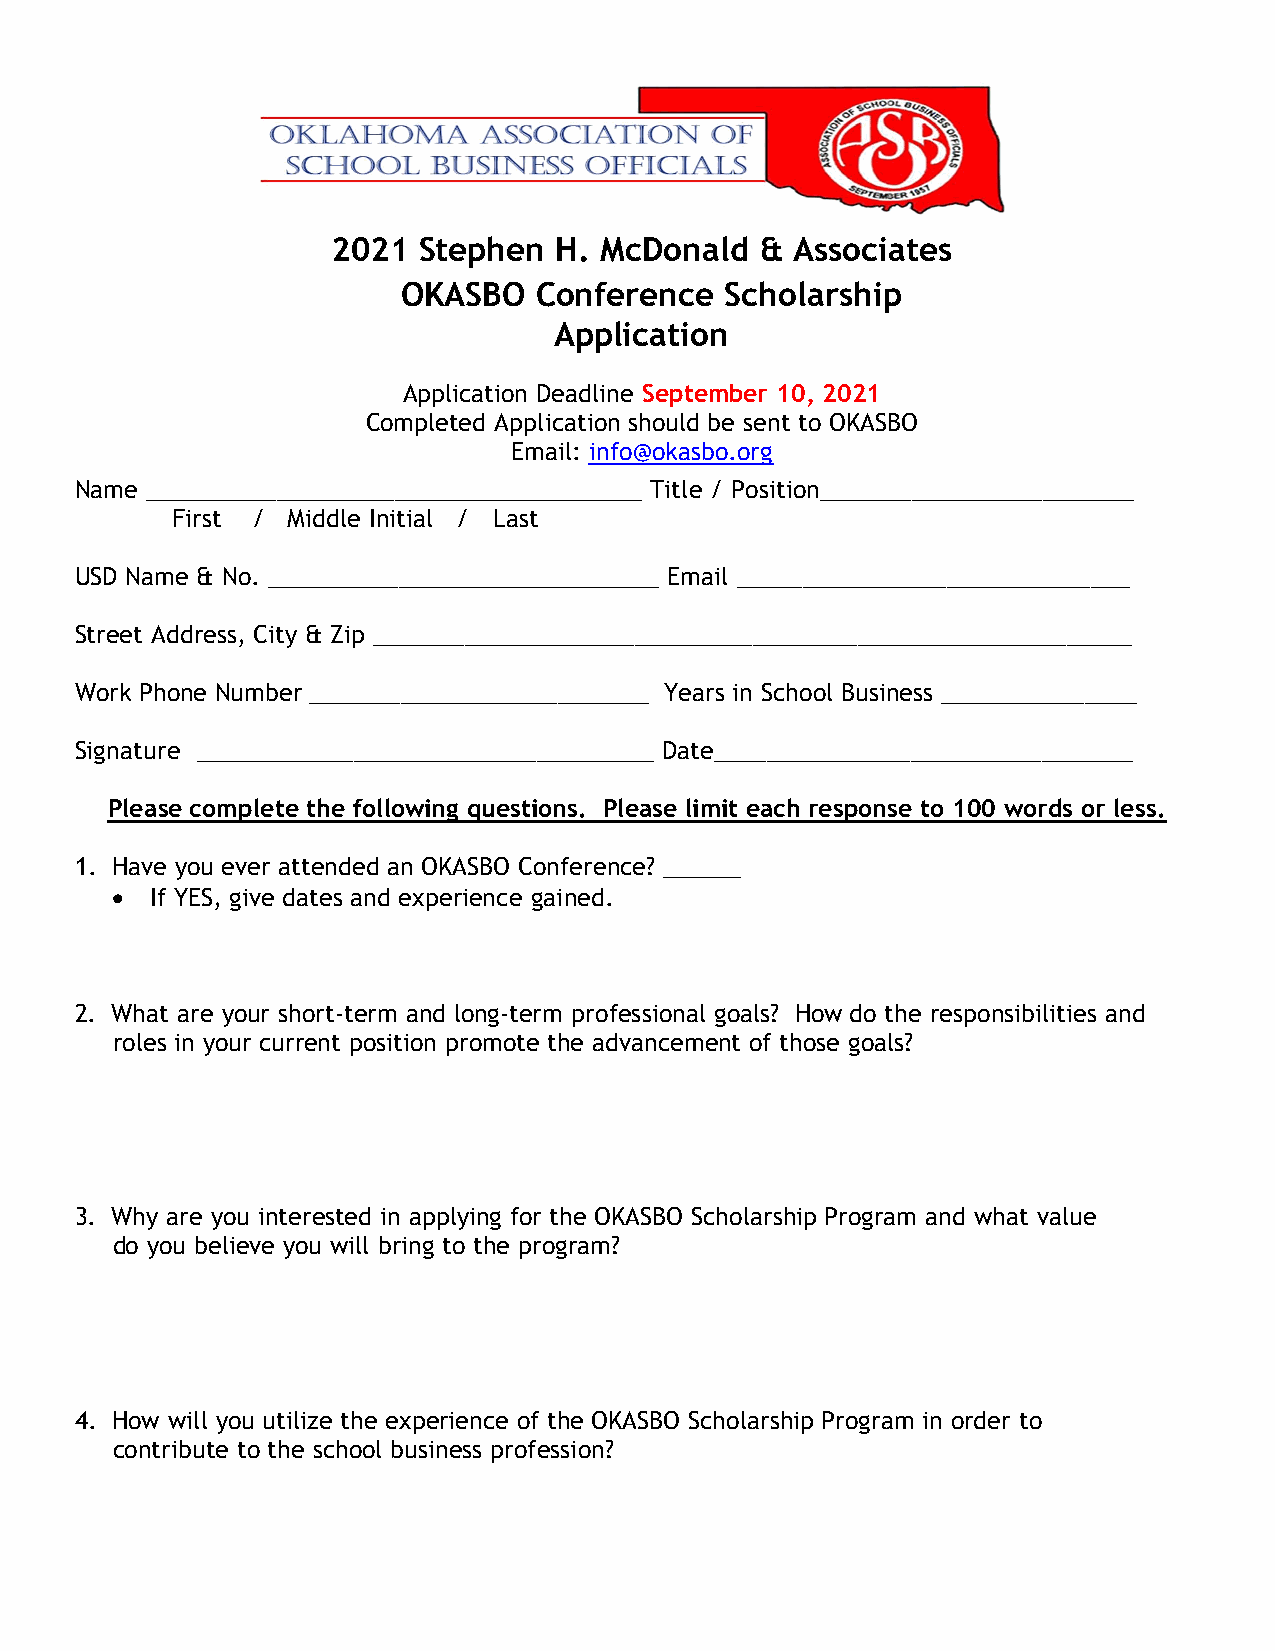
2021  Stephen  H. McDonald  &  Associates
 OKASBO   Conference  Scholarship
 Application
 Application Deadline September 10, 2021
 Completed Application should be sent to OKASBO
 Email: info@okasbo.org
 Name ______________________________________ Title / Position________________________
 First / Middle Initial / Last
 USD Name & No. ______________________________ Email ______________________________
 Street Address, City & Zip __________________________________________________________
 Work Phone Number __________________________ Years in School Business _______________
 Signature ___________________________________ Date________________________________
 Please complete the following questions. Please limit each response to 100 words or less.
 1. Have you ever attended an OKASBO Conference? ______
   If YES, give dates and experience gained.
 2. What are your short-term and long-term professional goals? How do the responsibilities and
 roles in your current position promote the advancement of those goals?
 3. Why are you interested in applying for the OKASBO Scholarship Program and what value
 do you believe you will bring to the program?
 4. How will you utilize the experience of the OKASBO Scholarship Program in order to
 contribute to the school business profession?